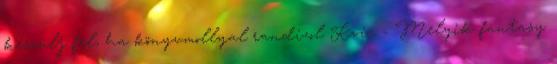
készülj fel, ha könyvmollyal randizol Kvíz - Melyik fantasy